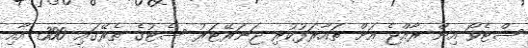
ސްޓެވޯ އިން ރާއްޖެ އަށް ތައާރަފުކުރި ޖަނަރޭޓަރު ސެޓުގެ ތެރޭގައި 300 އާއި